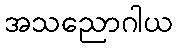
အသညောဂါယ